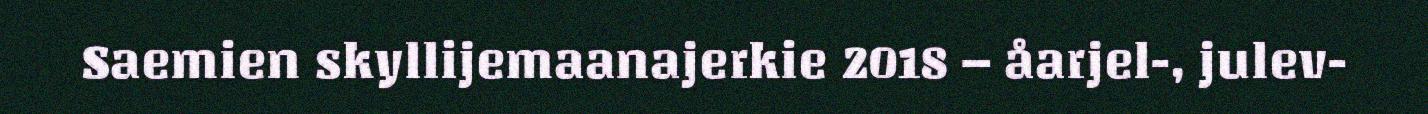
Saemien skyllijemaanajerkie 2018 – åarjel-, julev-